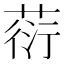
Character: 葕